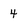
Character: 4